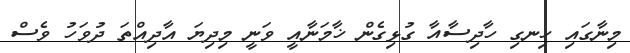
މިނާގައި ހިނގި ހާދިސާއާ ގުޅިގެން ޚާމަނާއީ ވަނީ މިދިޔަ އާދިއްތަ ދުވަހު ވެސް